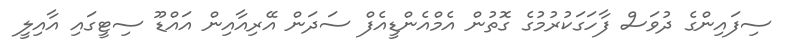
ސިފައިންގެ ދުވަސް ފާހަގަކުރުމުގެ ގޮތުން އެމްއެންޑީއެފް ސަދަން އޭރިއާއިން އައްޑޫ ސިޓީގައި އާއިލީ